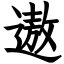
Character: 遨